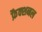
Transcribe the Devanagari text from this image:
फ़ैक्शनल